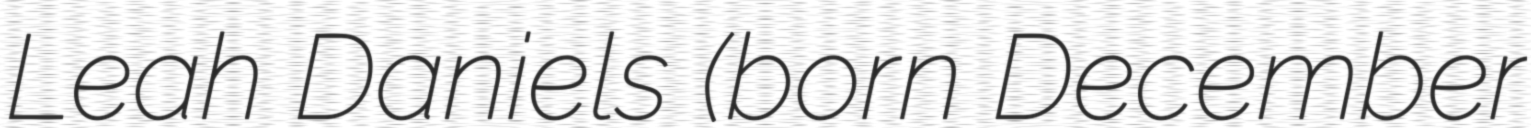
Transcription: Leah Daniels (born December